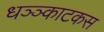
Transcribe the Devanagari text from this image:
धञ्ञ्काटकस